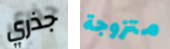
جذري متزوجة